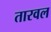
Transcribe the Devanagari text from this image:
तारवल